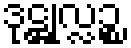
ဒုဋ္ဌုလ္လဉ္စ